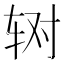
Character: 𰺃